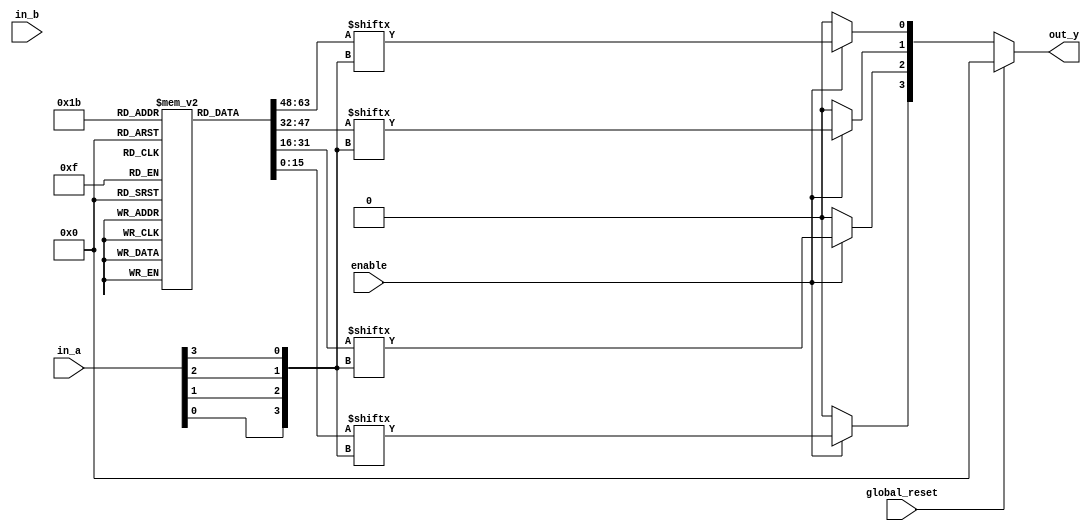
module combinational_logic_block (
    input wire [3:0] in_a,      // 4-bit input from external sources
    input wire [3:0] in_b,      // Another 4-bit input from external sources
    input wire enable,           // Enable signal for the logic elements
    input wire global_reset,     // Global reset signal
    output wire [3:0] out_y      // 4-bit output to external components
);

// Configuration memory for LUTs
reg [15:0] lut [0:3]; // 4 LUTs with 16 entries each (4-input LUTs)

// Initialize LUTs with some example logic functions
initial begin
    // LUT0: AND operation
    lut[0] = 16'h0000; // 0-15: 0
    lut[0][3:0] = 4'b1111; // 0000 -> 0, 0001 -> 0, 0010 -> 0, 0011 -> 1, ... (AND logic)
    
    // LUT1: OR operation
    lut[1] = 16'h0000; // 0-15: 0
    lut[1][3:0] = 4'b0000; // 0000 -> 0, 0001 -> 1, 0010 -> 1, ... (OR logic)
    
    // LUT2: XOR operation
    lut[2] = 16'h0000; // 0-15: 0
    lut[2][3:0] = 4'b1010; // 0000 -> 0, 0001 -> 1, 0010 -> 1, ... (XOR logic)
    
    // LUT3: NOT operation (Inverted input A)
    lut[3] = 16'hFFFF; // 0-15: 1 (inverted)
end

// Logic Elements
wire [3:0] le_out; // Outputs from the logic elements

generate
    genvar i;
    for (i = 0; i < 4; i = i + 1) begin : logic_elements
        assign le_out[i] = enable ? lut[i][{in_a[0], in_a[1], in_a[2], in_a[3]}] : 1'b0;
    end
endgenerate

// Output drivers
assign out_y = global_reset ? 4'b0000 : le_out;

endmodule